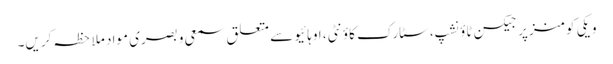
ویکی کومنز پر جیکسن ٹاؤنشپ، سٹارک کاؤنٹی، اوہائیو سے متعلق سمعی و بصری مواد ملاحظہ کریں۔